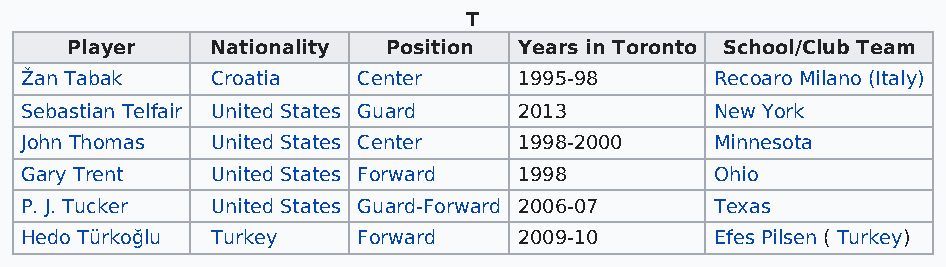
T
 Player    Nationality Position Years in Toronto School/Club Team
 Žan Tabak    Croatia   Center    1995-98      Recoaro Milano (Italy)
 Sebastian Telfair United States Guard 2013    New York
 John Thomas  United States Center 1998-2000   Minnesota
 Gary Trent   United States Forward 1998       Ohio
 P. J. Tucker United States Guard-Forward 2006-07 Texas
 Hedo Türkoğlu Turkey   Forward   2009-10      Efes Pilsen ( Turkey)